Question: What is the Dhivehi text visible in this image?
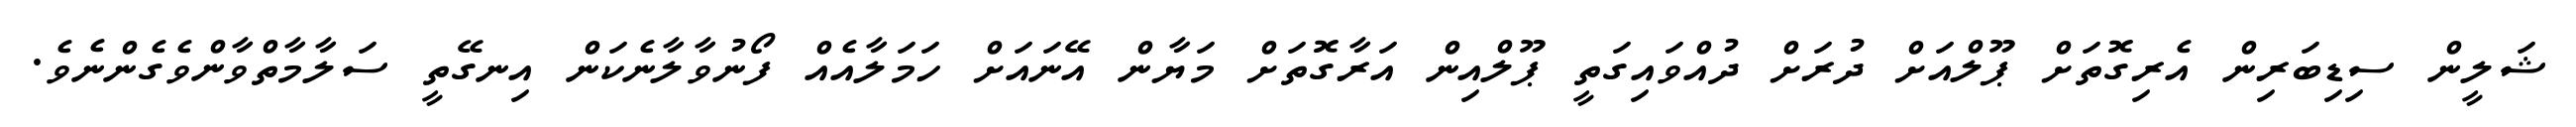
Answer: ޝަލީން ސިޑިބަރިން އެރިގޮތަށް ޕޫލްއަށް ދުރަށް ދުއްވައިގަތީ ޕޫލްއިން އަރާގޮތަށް މަޔާން އޭނައަށް ހަމަލާއެއް ފޯނުވާލާނެކަން އިނގޭތީ ސަލާމާތްވާންވެގެންނެވެ.